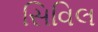
સિવિલ